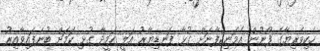
ހެކިވެރިޔާގެ ފޯނުން އެމަނިކުފާނަށް ގުޅާ ފަނޑިޔާރު އަލީ ހަމީދާ ގުޅި ކަމަށް ބުނެފައިވާއިރު